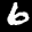
Label: 6